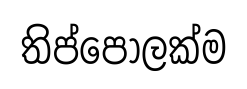
තිප්පොලක්ම